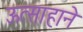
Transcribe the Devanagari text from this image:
ऊत्साहाने